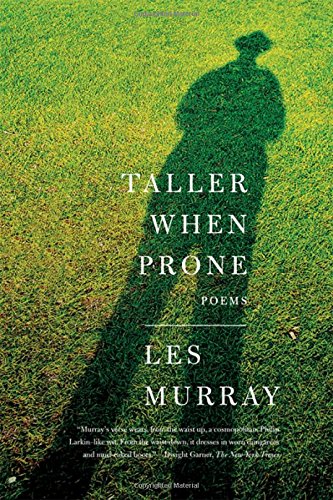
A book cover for Taller When Prone: Poems; Les Murray; Biographies & Memoirs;